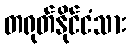
တရုတ်နိုင်ငံသား